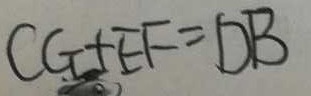
C G + E F = D B